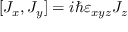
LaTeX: [ J _ { x } , J _ { y } ] = i \hbar \varepsilon _ { x y z } J _ { z }